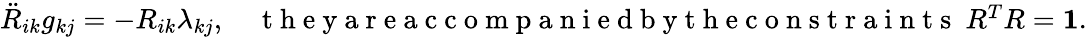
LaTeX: \begin{array}{r}{\ddot{R}_{ik}g_{kj}=-R_{ik}\lambda_{kj},\quad\mathrm{~t~h~e~y~a~r~e~a~c~c~o~m~p~a~n~i~e~d~b~y~t~h~e~c~o~n~s~t~r~a~i~n~t~s~}~R^{T}R={\mathbf 1}.}\end{array}